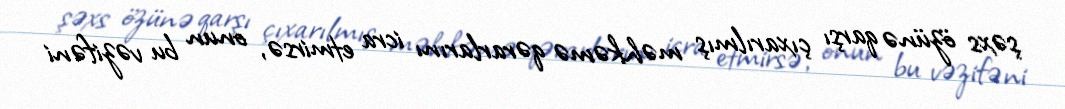
şəxs özünə qarşı çıxarılmış məhkəmə qərarlarını icra etmirsə, onun bu vəzifəni